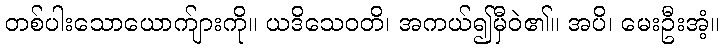
တစ်ပါးသောယောက်ျားကို။ ယဒိသေဝတိ၊ အကယ်၍မှီဝဲ၏။ အပိ၊ မေးဦးအံ့။